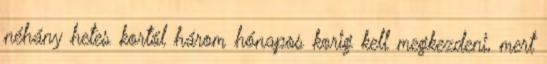
néhány hetes kortól három hónapos korig kell megkezdeni, mert